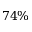
7 4 \%